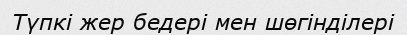
Түпкі жер бедері мен шөгінділері